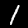
Digit: 1